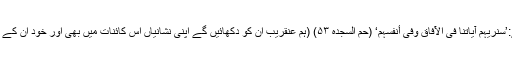
فرمایا ہے:’سَنُرِیْہِمْ آیَاتِنَا فِیْ الْآفَاقِ وَفِیْ أَنفُسِہِمْ‘ (حٰمٓ السجدہ ۵۳) (ہم عنقریب ان کو دکھائیں گے اپنی نشانیاں اس کائنات میں بھی اور خود ان کے اندر بھی)۔